King Institute of Preventive Medicine Bacteriolog. Section reports 1907-08
Year: 1907
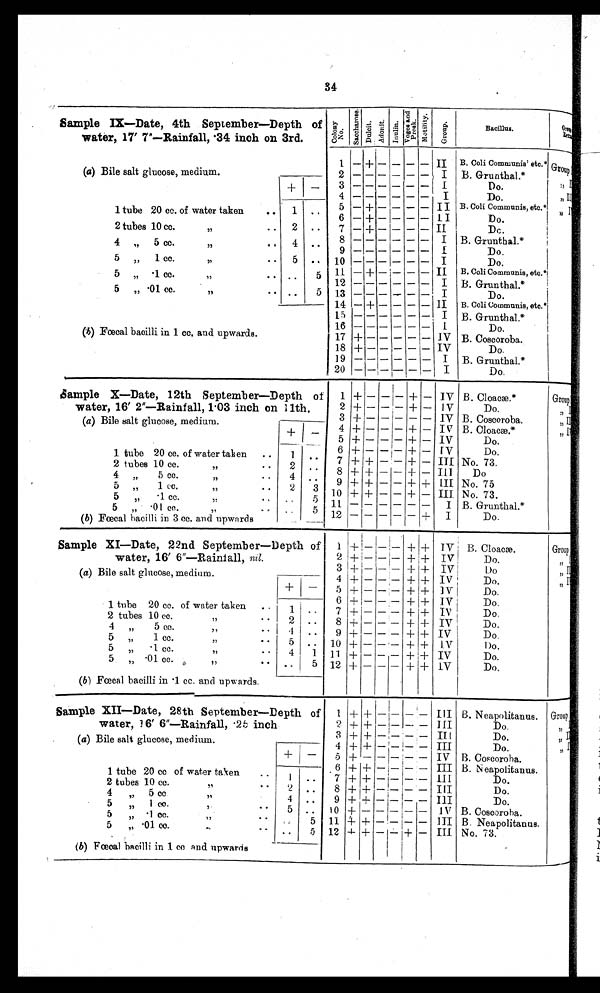
34
Sample IX—Date, 4th September—Depth of
water, 17' 7"--Rainfall, 34 inch on 3rd.
C o l o n y
N o .
Lactose Sacchar ose
I n d o l
P & V r e a t o p n
I ndol
M o t i l i t y
Bacillus. Gr oup
1 — + — — — II B. Coli Communis' etc.* G r o u p
(a) Bile salt glucose, medium.
2
I B. Grunthal.*
3
I
Do.
4
I
Do.
tube 20 cc. of water taken
..
. .
5
6
—
—
+
+
—
—
—
—
—
—
—
—
I I B. Coli Communis, etc.*
I I
Do.
,,
I
2 tubes 10 cc.
11
..
2 ..
7 — + — — — — II
Dc.
4 „ 5 cc.
,,
. . 4 ..
8
9
I B. Grunthal.*
1
Do.
5
1 cc.
5,
. •
5
. . 10
I
Do.
1
•
•
.
cc
5 „ .
17
.
. .
11_
12
— + — — — — II B. Coli Communis, etc.*
I B. Grunthal.*
5 „ •01 cc.
„
• • ..
13 — — -- - — I
Do.
14 — + — — — — II B. Coli Communis, etc.*
15
I B. Grunthal.*
16
I
I
Do.
(b) Fœca bacilli in 1 cc. and upwards.
17 +
IV B. Coscoroba.
18 +1
IV
Do.
19 -- - — — — I B. Grunthal.*
20 —I— — — — — I
Do.
Sample X—Date, 12th September—Depth of 1 + — —I— + — IV B. Cloacæ
Group
water, 16' 2"—Rainfall, 1 .03 inch on
(a) Bile salt glucose, medium.
11th.
2
3
4
5
+
+
+
+
—
—
—
—
——
+
+
+
—
—
—
IV
IV
IV
IV
Do.
B. Coscoroba.
B. Cloacæ.
Do.
, ,
, ,
+
1 tube 20 cc. of water taken ..
2 tubes 10 cc.
,,
••
4 „
5 cc.
55
• •
5 „
1 cc.
,, •
•
1
2
4
2
6
..
7
. •
8
"
9
3
10
+
+
+
— --
-
-
-
-
-
-
-
-
-
+
+—
+—
++
+—
— I V
III
III
III
III
Do.
No. 73.
Do
No. 75
No. 73.
5 „
.1 cc.
,,
5 „ .01 cc.
,,
(b) Fœcal bacilli in 3 cc. and upwards
-.
5
11
5
12
+
I
I
B. Grunthal.*
Do.
Sample XI—Date, 22nd September—Depth of +— ---- +,+ IV B. Cloaca.
Group
water, 16' 6"—Rainia II, nil.
2 +— ------ + + IV
Do.
3 +
+ + IV
Do
(a) Bile salt glucose, medium.
4 + — — — + + IV
Do.
+
5 + — -- + + IV
Do.
1 tube 20 cc. of water taken ..
6 +
7 +
— — —
— —
+
+
+
+
IV
Do.
IV
Do,
1
•
2 tubes 10 cc.
, , ..
2
. . 8 + — — — + + IV
Do.
4
5 cc.
,,
• •
1
. . 9 + — — — + + IV
Do.
5 „
1 cc.
,,
• •
5 ,, 1.0 + — — — + + IV
1)o.
5 „ • 1 cc.
11
..
5
•01 cc
(b) Anal bacilli in .1 cc. and upwards.
annnnn••....n
4
. ,
1 11 +
12 +
—
—
—
—
—
—
+
+
+
+
IV
Do.
IV
Do.
Sample XII—Date, 28th September—Depth of 1 + + —— — — III B. Neapolitanus.
I
Group
water, 1 6' 6"—Rainfall, 25; inch
2 + + —!-- -- — III
Do
,, I
(a) Bile salt glucose, medium.
3
4
5
+
+
+
+
+
—
—
— : —
— — —
—
— 1 — — —
II (
III
Do.
.
IV B. Coscoroba.
, ,
I I
,,
—
1 tube 20 cc of water taken
• '
. 6
7
+
+
+
+
—— — —
—— — —
III B. Neapolitanus.
III
Do.
1 •
2 tubes 10 cc.
,,
.. 2 ..
8 + + — — — — III
Do.
4 „ 5 cc
,,
4
•
9 + + - 1- - - m
Do.
„
• •
5 „ 1 cc.
,
,
.
1
•
5
cc
..
5 ,,
5
I 0
1.1
+
4-
—
+
— I— —
- !- 1-
—
-
I V B. Coscoroba.
III B. Neapolitanus.
5 „ •01 cc.
..,
• • ..
5
12 -I- + +
— III No. 73.
(b) Fœcal bacilli in .1 cc and upwards